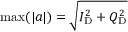
\operatorname* { m a x } ( \lvert a \rvert ) = \sqrt { I _ { \mathrm { D } } ^ { 2 } + Q _ { \mathrm { D } } ^ { 2 } }